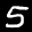
Label: 5